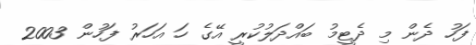
ފަހު ދެން މި ދެޓީމު ބައްދަލުކުރީ އޭގެ ހަ އަހަރު ފަހުން 2003